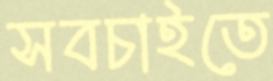
সবচাইতে